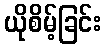
ယိုစိမ့်ခြင်း